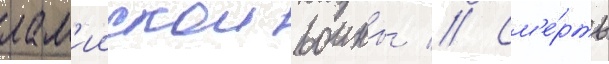
лам'иискои воины // См'е́рть